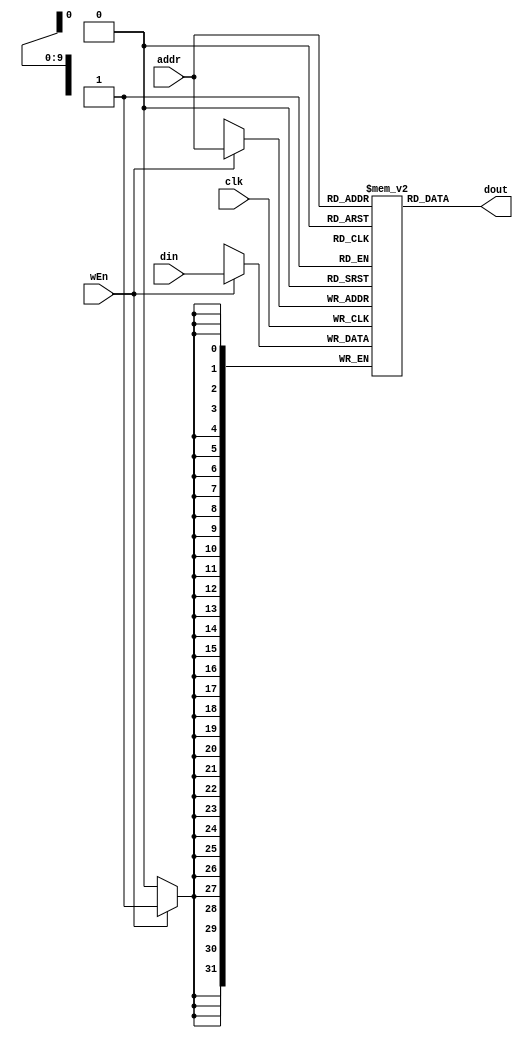
module dm_4k(
    input[11:2] addr,
    input[31:0] din,
    input clk,
    input wEn,
    output[31:0] dout
);
reg[31:0] dm[1023:0];//1024,addr12
assign dout={dm[addr]};
always @(negedge clk)begin
    if(wEn)begin//
        dm[addr]<=din;
    end
end

integer i;
initial begin
    for(i=0;i<1024;i=i+1)dm[i]=0;
end
endmodule